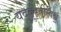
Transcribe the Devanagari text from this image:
यद्बृ॑ह॒तीर्विश्वं॒